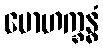
မောဟက္ခန္ဓံ